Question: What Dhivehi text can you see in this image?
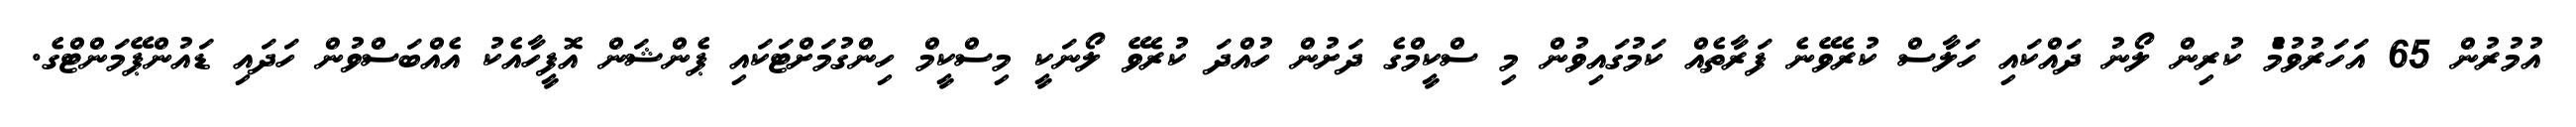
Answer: އުމުރުން 65 އަހަރުވުމުެ ކުރިން ލޯނު ދައްކައި ހަލާސް ކުރެވޭނެ ފަރާތެއް ކަމުގައިވުން މި ސްކީމްގެ ދަށުން ހުއްދަ ކުރެވޭ ލޯނަކީ މިސްކީމް ހިންގުމަށްޓަކައި ޕެންޝަން އޮފީހާއެކު އެއްބަސްވުން ހަދައި ޑައުންޕޭމަންޓްގެ.